Report of the Indian Hemp Drugs Commission, 1894-1895 - Volume IV
Year: 1894
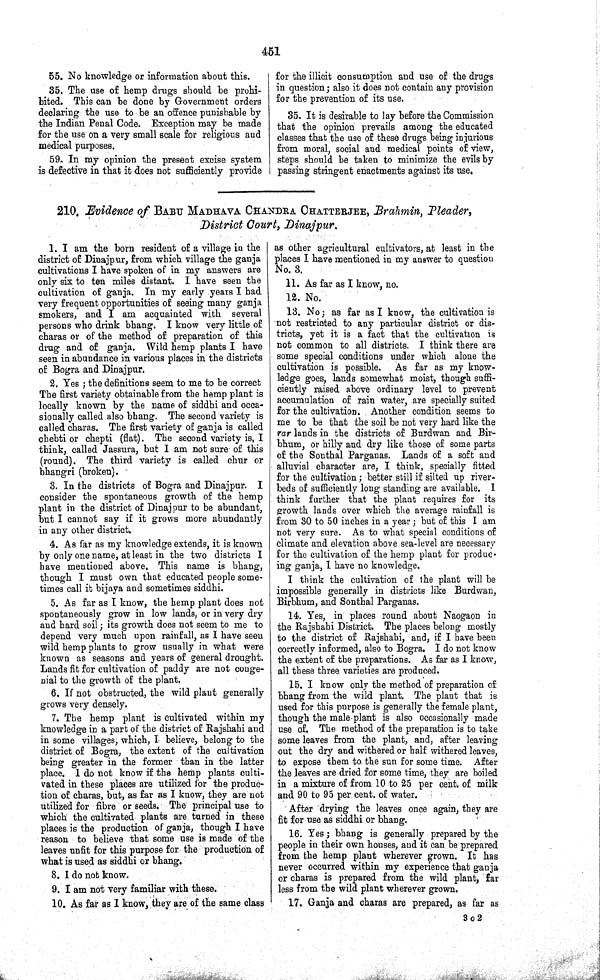
451
55. No knowledge or information about this.
35. The use of hemp drugs should be prohi-
bited. This can be done by Government orders
declaring the use to be an offence punishable by
the Indian Penal Code. Exception may be made
for the use on a very small scale for religious and
medical purposes.
59. In my opinion the present excise system
is defective in that it does not sufficiently provide
for the illicit consumption and use of the drugs
in question; also it does not contain any provision
for the prevention of its use.
35. It is desirable to lay before the Commission
that the opinion prevails among the educated
classes that the use of these drugs being injurious
from moral, social and medical points of view,
steps should be taken to minimize the evils by
passing stringent enactments against its use.
210. Evidence of BABU MADHAVA CHANDRA CHATTERJEE, Brahmin, Pleader,
District Court, Dinajpur.
1. I am the born resident of a village in the
district of Dinajpur, from which village the ganja
cultivations I have spoken of in my answers are
only six to ten miles distant. I have seen the
cultivation of ganja. In my early years I had
very frequent opportunities of seeing many ganja
smokers, and I am acquainted with several
persons who drink bhang. I know very little of
charas or of the method of preparation of this
drug and of ganja. Wild hemp plants I have
seen in abundance in various places in the districts
of Bogra and Dinajpur.
2. Yes; the definitions seem to me to be correct
The first variety obtainable from the hemp plant is
locally known by the name of siddhi and occa-
sionally called also bhang. The second variety is
called charas. The first variety of ganja is called
chebti or chepti (flat). The second variety is, I
think, called Jassura, but I am not sure of this
(round). The third variety is called chur or
bhangri (broken).
3. In the districts of Bogra and Dinajpur.
I
consider the spontaneous growth of the hemp
plant in the district of Dinajpur to be abundant,
but I cannot say if it grows more abundantly
in any other district.
4. As far as my knowledge extends, it is known
by only one name, at least in the two districts I
have mentioned above. This name is bhang,
though I must own that educated people some-
times call it bijaya and sometimes siddhi.
5. As far as I know, the hemp plant does not
spontaneously grow in low lands, or in very dry
and hard soil; its growth does not seem to me to
depend very much upon rainfall, as I have seen
wild hemp plants to grow usually in what were
known as seasons and years of general drought.
Lands fit for cultivation of paddy are not conge-
nial to the growth of the plant.
6. If not obstructed, the wild plant generally
grows very densely.
7. The hemp plant is cultivated within my
knowledge in a part of the district of Rajshahi and
in some villages, which, I believe, belong to the
district of Bogra, the extent of the cultivation
being greater in the former than in the latter
place. I do not know if the hemp plants culti-
vated in these places are utilized for the produc-
tion of charas, but, as far as I know, they are not
utilized for fibre or seeds. The principal use to
which the cultivated plants are turned in these
places is the production of ganja, though I have
reason to believe that some use is made of the
leaves unfit for this purpose for the production of
what is used as siddhi or bhang.
8. I do not know.
9. I am not very familiar with these.
10. As far as I know, they are of the same class
as other agricultural cultivators, at least in the
places I have mentioned in my answer to question
No. 3.
11. As far as I know, no.
12. No.
13. No; as far as I know, the cultivation is
not restricted to any particular district or dis-
tricts, yet it is a fact that the cultivation is
not common to all districts. I think there are
some special conditions under which alone the
cultivation is possible. As far as my know-
ledge goes, lands somewhat moist, though suffi-
ciently raised above ordinary level to prevent
accumulation of rain water, are specially suited
for the cultivation. Another condition seems to
me to be that the soil be not very hard like the
rar lands in the districts of Burdwan and Bir-
bhum, or hilly and dry like those of some parts
of the Sonthal Parganas. Lands of a soft and
alluvial character are, I think, specially fitted
for the cultivation; better still if silted up river-
beds of sufficiently long standing are available. I
think further that the plant requires for its
growth lands over which the average rainfall is
from 30 to 50 inches in a year; but of this I am
not very sure. As to what special conditions of
climate and elevation above sea-level are necessary
for the cultivation of the hemp plant for produc-
ing ganja, I have no knowledge.
I think the cultivation of the plant will be
impossible generally in districts like Burdwan,
Birbhum, and Sonthal Parganas.
14. Yes, in places round about Naogaon in
the Rajshahi District. The places belong mostly
to the district of Rajshahi, and, if I have been
correctly informed, also to Bogra. I do not know
the extent of the preparations. As far as I know,
all these three varieties are produced.
15. I know only the method of preparation of
bhang from the wild plant. The plant that is
used for this purpose is generally the female plant,
though the male-plant is also occasionally made
use of. The method of the preparation is to take
some leaves from the plant, and, after leaving
out the dry and withered or half withered leaves,
to expose them to the sun for some time. After
the leaves are dried for some time, they are boiled
in a mixture of from 10 to 25 per cent. of milk
and 90 to 95 per cent. of water.
After drying the leaves once again, they are
fit for use as siddhi or bhang.
16. Yes; bhang is generally prepared by the
people in their own houses, and it can be prepared
from the hemp plant wherever grown. It has
never occurred within my experience that ganja
or charas is prepared from the wild plant, far
less from the wild plant wherever grown.
17. Ganja and charas are prepared, as far as
3 o 2